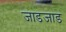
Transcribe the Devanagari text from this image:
जाडजाड